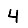
Digit: 4